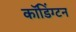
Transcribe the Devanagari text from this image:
कॉडिंग्टन